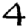
Digit: 4